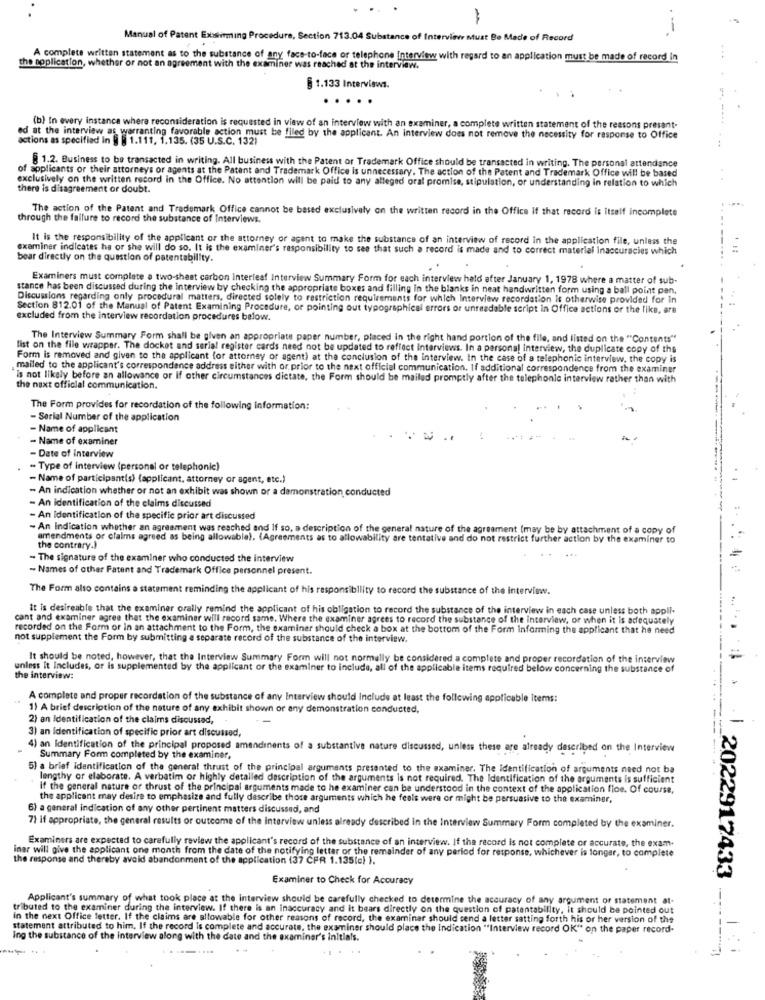
Manual of Patent Exstirming Procedure, Section 713.04 Substance of Interviav Must Be Made of Record
A complete written statement as to the substance of any face-to-face or telephone Interview with regard to an application must be made of record in
the application, whether or not an agreement with the examiner was reached at the interview.
§ 1.133 Interviews.
....
(b) In every instance where reconsideration is requested in view of an interview with an examiner, a complete written statement of the reasons presant-
actions as specified
ed at the intended -1.119, 1.135. (35 U.S.C. 132)
as warranting favorable action must be filed by the applicant. An interview does not remove the necessity for response to Office
1.2. Business to be transacted in writing. All business with the Patent or Trademark Office should be transacted in writing. The personal attendance
of applicants or their attorneys or agents at the Patent and Trademark Office is unnecessary. The action of the Patent and Trademark Office will be based
exclusively on the written record in the Office. No attention will be paid to any alleged oral promise, stipulation, or understanding in relation to which
there is disagreement or doubt.
The action of the Patent and Trademark Office cannot be based exclusively on the written record in the Office if that record is Itself incomplete
through the failure to record the substance of Interviews.
It is the responsibility of the applicant or the attorney or agent to make the substance of an interview of record in the application file, unless the
examiner indicates he or she will do so. It is the examiner's responsibility to see that such a record is made and to correct material Inaccuracies which
bear directly on the question of patentability.
Examiners must complete a two-sheet carbon interleaf Interview Summary Form for each interview held after January 1, 1978 where a matter of sub-
stance has been discussed during the interview by checking the appropriate boxes and filling in the blanks in neat handwritten form using a ball point pen.
Discussions regarding only procedural matters, directed solely to restriction requirements for which Interview recordation is otherwise provided for In
Section 812.01 of the Manual of Patent Examining Procedure, or pointing out typographical errors or unreadable script in Office actions or the like, are
excluded from the interview recordation procedures below.
The Interview Summary Form shall be given an appropriate paper number, placed in the right hand portion of the file, and listed on the "Contents"
list on the file wrapper. The docket and serial register cards need not be updated to reflect interviews. In a personal interview, the duplicate copy of the
Form is removed and given to the applicant for attorney or agent) at the conclusion of the interview. In the case of a telephonic interview, the copy is
mailed to the applicant's correspondence address either with or prior to the next official communication. If additional correspondence from the examiner
is not likely before an allowance or If other circumstances dictate, the Form should be mailed promptly after the telephonic interview rather than with
the naxt official communication.
The Form provides for recordation of the following information:
- Serial Number of the application
- Name of applicant
- Name of examiner
- Date of interview
- Type of interview (personal or telephonic)
- Name of participant(s) (applicant, attorney or agent, etc.)
- An indication whether or not an exhibit was shown or a demonstration conducted
- An identification of the claims discussed
- An Identification of the specific prior art discussed
- An Indication whether an agreement was reached and If so, a description of the general nature of the agreement (may be by attachment of a copy of
amendments or claims agreed as being allowable). (Agreements as to allowability are tentative and do not restrict further action by the examiner to
the contrary.)
- The signature of the examiner who conducted the interview
- Names of other Patent and Trademark Office personnel present.
The Form also contains a statement reminding the applicant of his responsibility to record the substance of the interview.
It is desireable that the examiner orally remind the applicant of his obligation to record the substance of the interview in each case unless both appli.
...
cant and examiner agree that the examiner will record same. Where the examiner agrees to record the substance of the interview, or when it is adequately
recorded on the Form or in an attachment to the Form, the examiner should check a box at the bottom of the Form Informing the applicant that he need
not supplement the Form by submitting a separate record of the substance of the interview.
It should be noted, however, that the Interview Summary Form will not normally be considered a complete and proper recordation of the interview
unless it Includes, or is supplemented by the applicant or the examiner to include, all of the applicable items required below concerning the substance of
the interview:
A complete and proper recordation of the substance of any Interview should Include at least the following applicable items:
1) A brief description of the nature of any exhibit shown or any demonstration conducted,
2) an Identification of the claims discussed,
3) an Identification of specific prior art discussed,
4) an Identification of the principal proposed amendinents of a substantive nature discussed, unless these are already described on the Interview
Summary Form completed by the examiner,
5) a brief identification of the general thrust of the principal arguments presented to the examiner. The identification of arguments need not ba
lengthy or elaborate. A verbatim or highly detailed description of the arguments is not required. The Identification of the arguments is sufficient
if the general nature or thrust of the principal arguments made to he examiner can be understood in the context of the application fice. Of course,
the applicant may desire to emphasize and fully describe those arguments which he feels were or might be persuasive to the examiner,
6) a general indication of any other pertinent matters discussed, and
7) if appropriate, the general results or outcome of the Interview unless already described In the Interview Summary Form completed by the examiner.
Examiners are expected to carefully review the applicant's record of the substance of an interview. If the record is not complete or accurate, the exam-
inar will give the applicant one month from the date of the notifying lettar or the remainder of any period for response, whichever is longer, to complete
the response and thereby avoid abandonment of the application (37 CFR 1.135(c) ).
Examiner to Check for Accuracy
2022917433
Applicant's summary of what took place at the interview should be carefully checked to determine the accuracy of any argument or statement at-
tributed to the examiner during the interview. If there is an inaccuracy and it bears directly on the question of patentability, it should be pointed out
in the next Office fetter. If the claims are allowable for other reasons of record, the examinar should send a letter satting forth his or her version of the
statement attributed to him. If the record is complete and accurate, the examiner should place the indication "Interview record OK" on the paper record-
ing the substance of the interview along with the date and the examiner's initials.